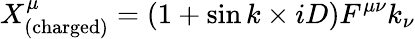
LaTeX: X_{\mathrm{(charged)}}^{\mu}=\left(1+\sin{k\times iD}\right)F^{\mu\nu}k_{\nu}